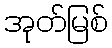
အုတ်မြစ်